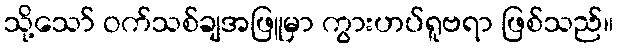
သို့သော် ဝက်သစ်ချအဖြူမှာ ကွားဟပ်ရူဗရာ ဖြစ်သည်။